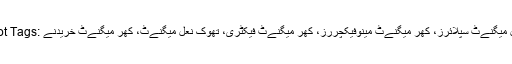
Hot Tags: نعل میگنےٹ سپلائرز، کھر میگنےٹ مینوفیکچررز، کھر میگنےٹ فیکٹری، تھوک نعل میگنےٹ، کھر میگنےٹ خریدنے